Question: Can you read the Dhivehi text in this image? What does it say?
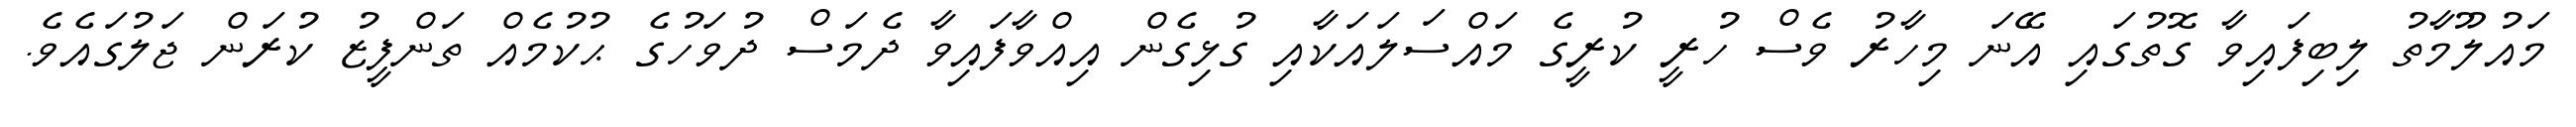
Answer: މައުލޫމާތު ލިބިފައިވާ ގޮތުގައި އޭނަ މިހާރު ވެސް ހުރީ ކުރީގެ މައްސަލައަކާއި ގުޅިގެން އިއްވާފައިވާ ދެމަސް ދުވަހުގެ ޙުކުމެއް ތަންފީޒު ކުރަން ޖަލުގައެވެ.